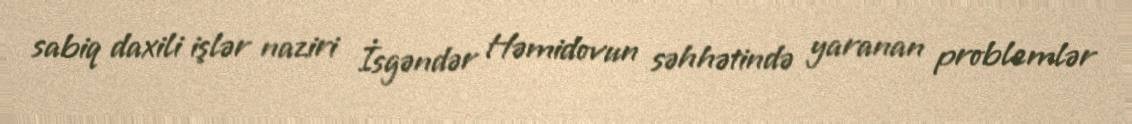
sabiq daxili işlər naziri İsgəndər Həmidovun səhhətində yaranan problemlər